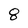
Character: 8